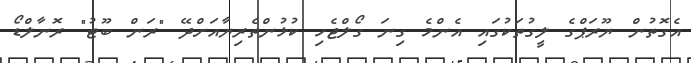
އެގޮތުން ޔޫރަޕްގެ ލީގުތަކުގައި އެންމެ ގިނަ ގޯލްޖެހި ކުޅުންތެރިޔާއަށްދޭ "ރަން ބޫޓު" ރޮނާލްޑޯ